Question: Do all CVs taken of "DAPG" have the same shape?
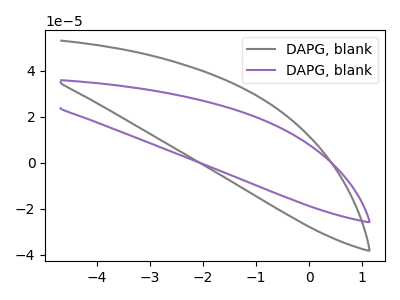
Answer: <think>The gray curve "DAPG, blank1" has no peaks. The purple curve "DAPG, blank2" has no peaks.
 Neither "DAPG, blank1" or "DAPG, blank2" have any peaks.</think>
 <answer>All the CV's of "DAPG" have similar shape.</answer>
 <eval>follow_rule</eval>